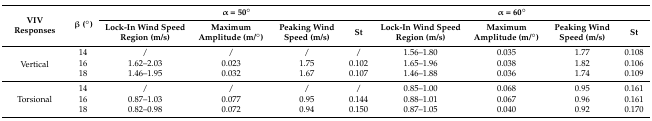
<table><thead><tr><td rowspan="2"><b>VIVResponses</b></td><td rowspan="2"><b>β (°)</b></td><td colspan="4"><b>α = 50°</b></td><td colspan="4"><b>α = 60°</b></td></tr><tr><td><b>Lock-In Wind Speed Region (m/s)</b></td><td><b>Maximum Amplitude (m/°)</b></td><td><b>Peaking Wind Speed (m/s)</b></td><td><b>St</b></td><td><b>Lock-In Wind Speed Region (m/s)</b></td><td><b>Maximum Amplitude (m/°)</b></td><td><b>Peaking Wind Speed (m/s)</b></td><td><b>St</b></td></tr></thead><tbody><tr><td rowspan="3">Vertical</td><td>14</td><td>/</td><td>/</td><td>/</td><td>/</td><td>1.56–1.80</td><td>0.035</td><td>1.77</td><td>0.108</td></tr><tr><td>16</td><td>1.62–2.03</td><td>0.023</td><td>1.75</td><td>0.102</td><td>1.65–1.96</td><td>0.038</td><td>1.82</td><td>0.106</td></tr><tr><td>18</td><td>1.46–1.95</td><td>0.032</td><td>1.67</td><td>0.107</td><td>1.46–1.88</td><td>0.036</td><td>1.74</td><td>0.109</td></tr><tr><td rowspan="3">Torsional</td><td>14</td><td>/</td><td>/</td><td>/</td><td>/</td><td>0.85–1.00</td><td>0.068</td><td>0.95</td><td>0.161</td></tr><tr><td>16</td><td>0.87–1.03</td><td>0.077</td><td>0.95</td><td>0.144</td><td>0.88–1.01</td><td>0.067</td><td>0.96</td><td>0.161</td></tr><tr><td>18</td><td>0.82–0.98</td><td>0.072</td><td>0.94</td><td>0.150</td><td>0.87–1.05</td><td>0.040</td><td>0.92</td><td>0.170</td></tr></tbody></table>